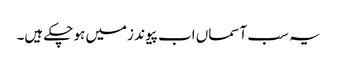
یہ سب آسماں اب پیوند زمیں ہو چکے ہیں۔